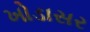
ખોડાસર